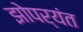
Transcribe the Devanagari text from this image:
झोपर्यंत